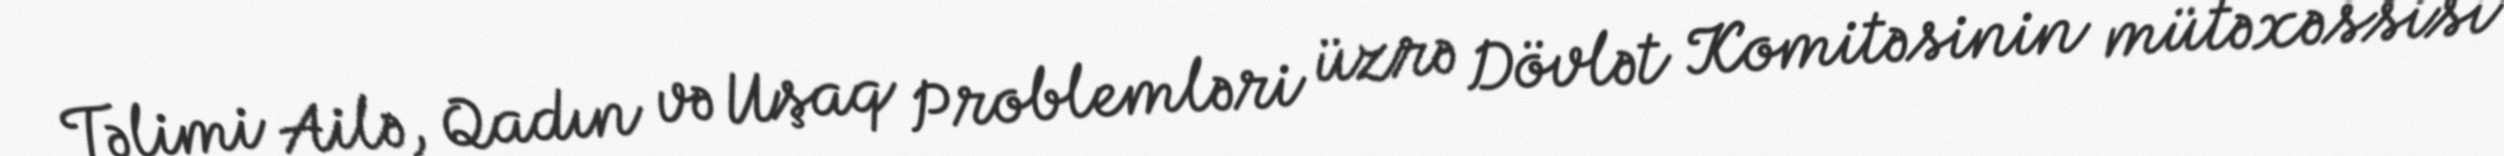
Təlimi Ailə, Qadın və Uşaq Problemləri üzrə Dövlət Komitəsinin mütəxəssisi